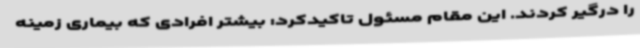
را درگیر کردند. این مقام مسئول تاکیدکرد: بیشتر افرادی که بیماری زمینه